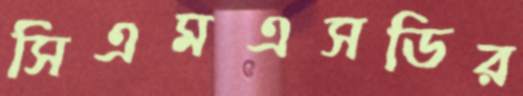
সিএমএসডির